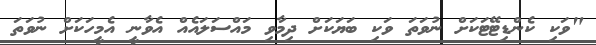
"ވަކި ކެންޑިޓޭޓަކަށް ނުވަތަ ވަކި ބަޔަކަށް ދިމާވި މައްސަލައެއް އެވާނީ އެމީހަކަށް ނުވަތަ